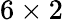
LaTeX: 6\times 2